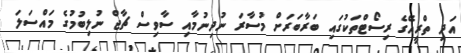
އަދި ތްރީއޭގެ ރިސޯޓްތަކުގައި ބަރާބަރަށް މުސާރަ ނުދިނުމާއި ސާވިސް ޗާޖް ނުލިބުމުގެ މައްސަލަ